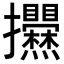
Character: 𢺱